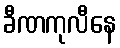
ခီဏကုလီနေ